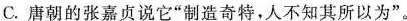
C.唐朝的张嘉贞说它“制造奇特，人不知其所以为”。